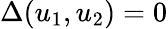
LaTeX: \Delta(u_{1},u_{2})=0